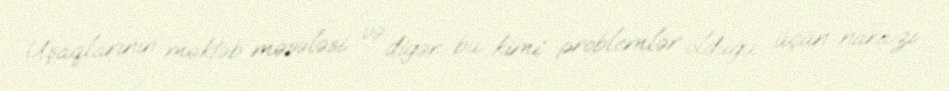
Uşaqlarının məktəb məsələsi və digər bu kimi problemlər olduğu üçün narazı